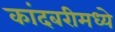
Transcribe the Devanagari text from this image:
कांदबरीमध्ये